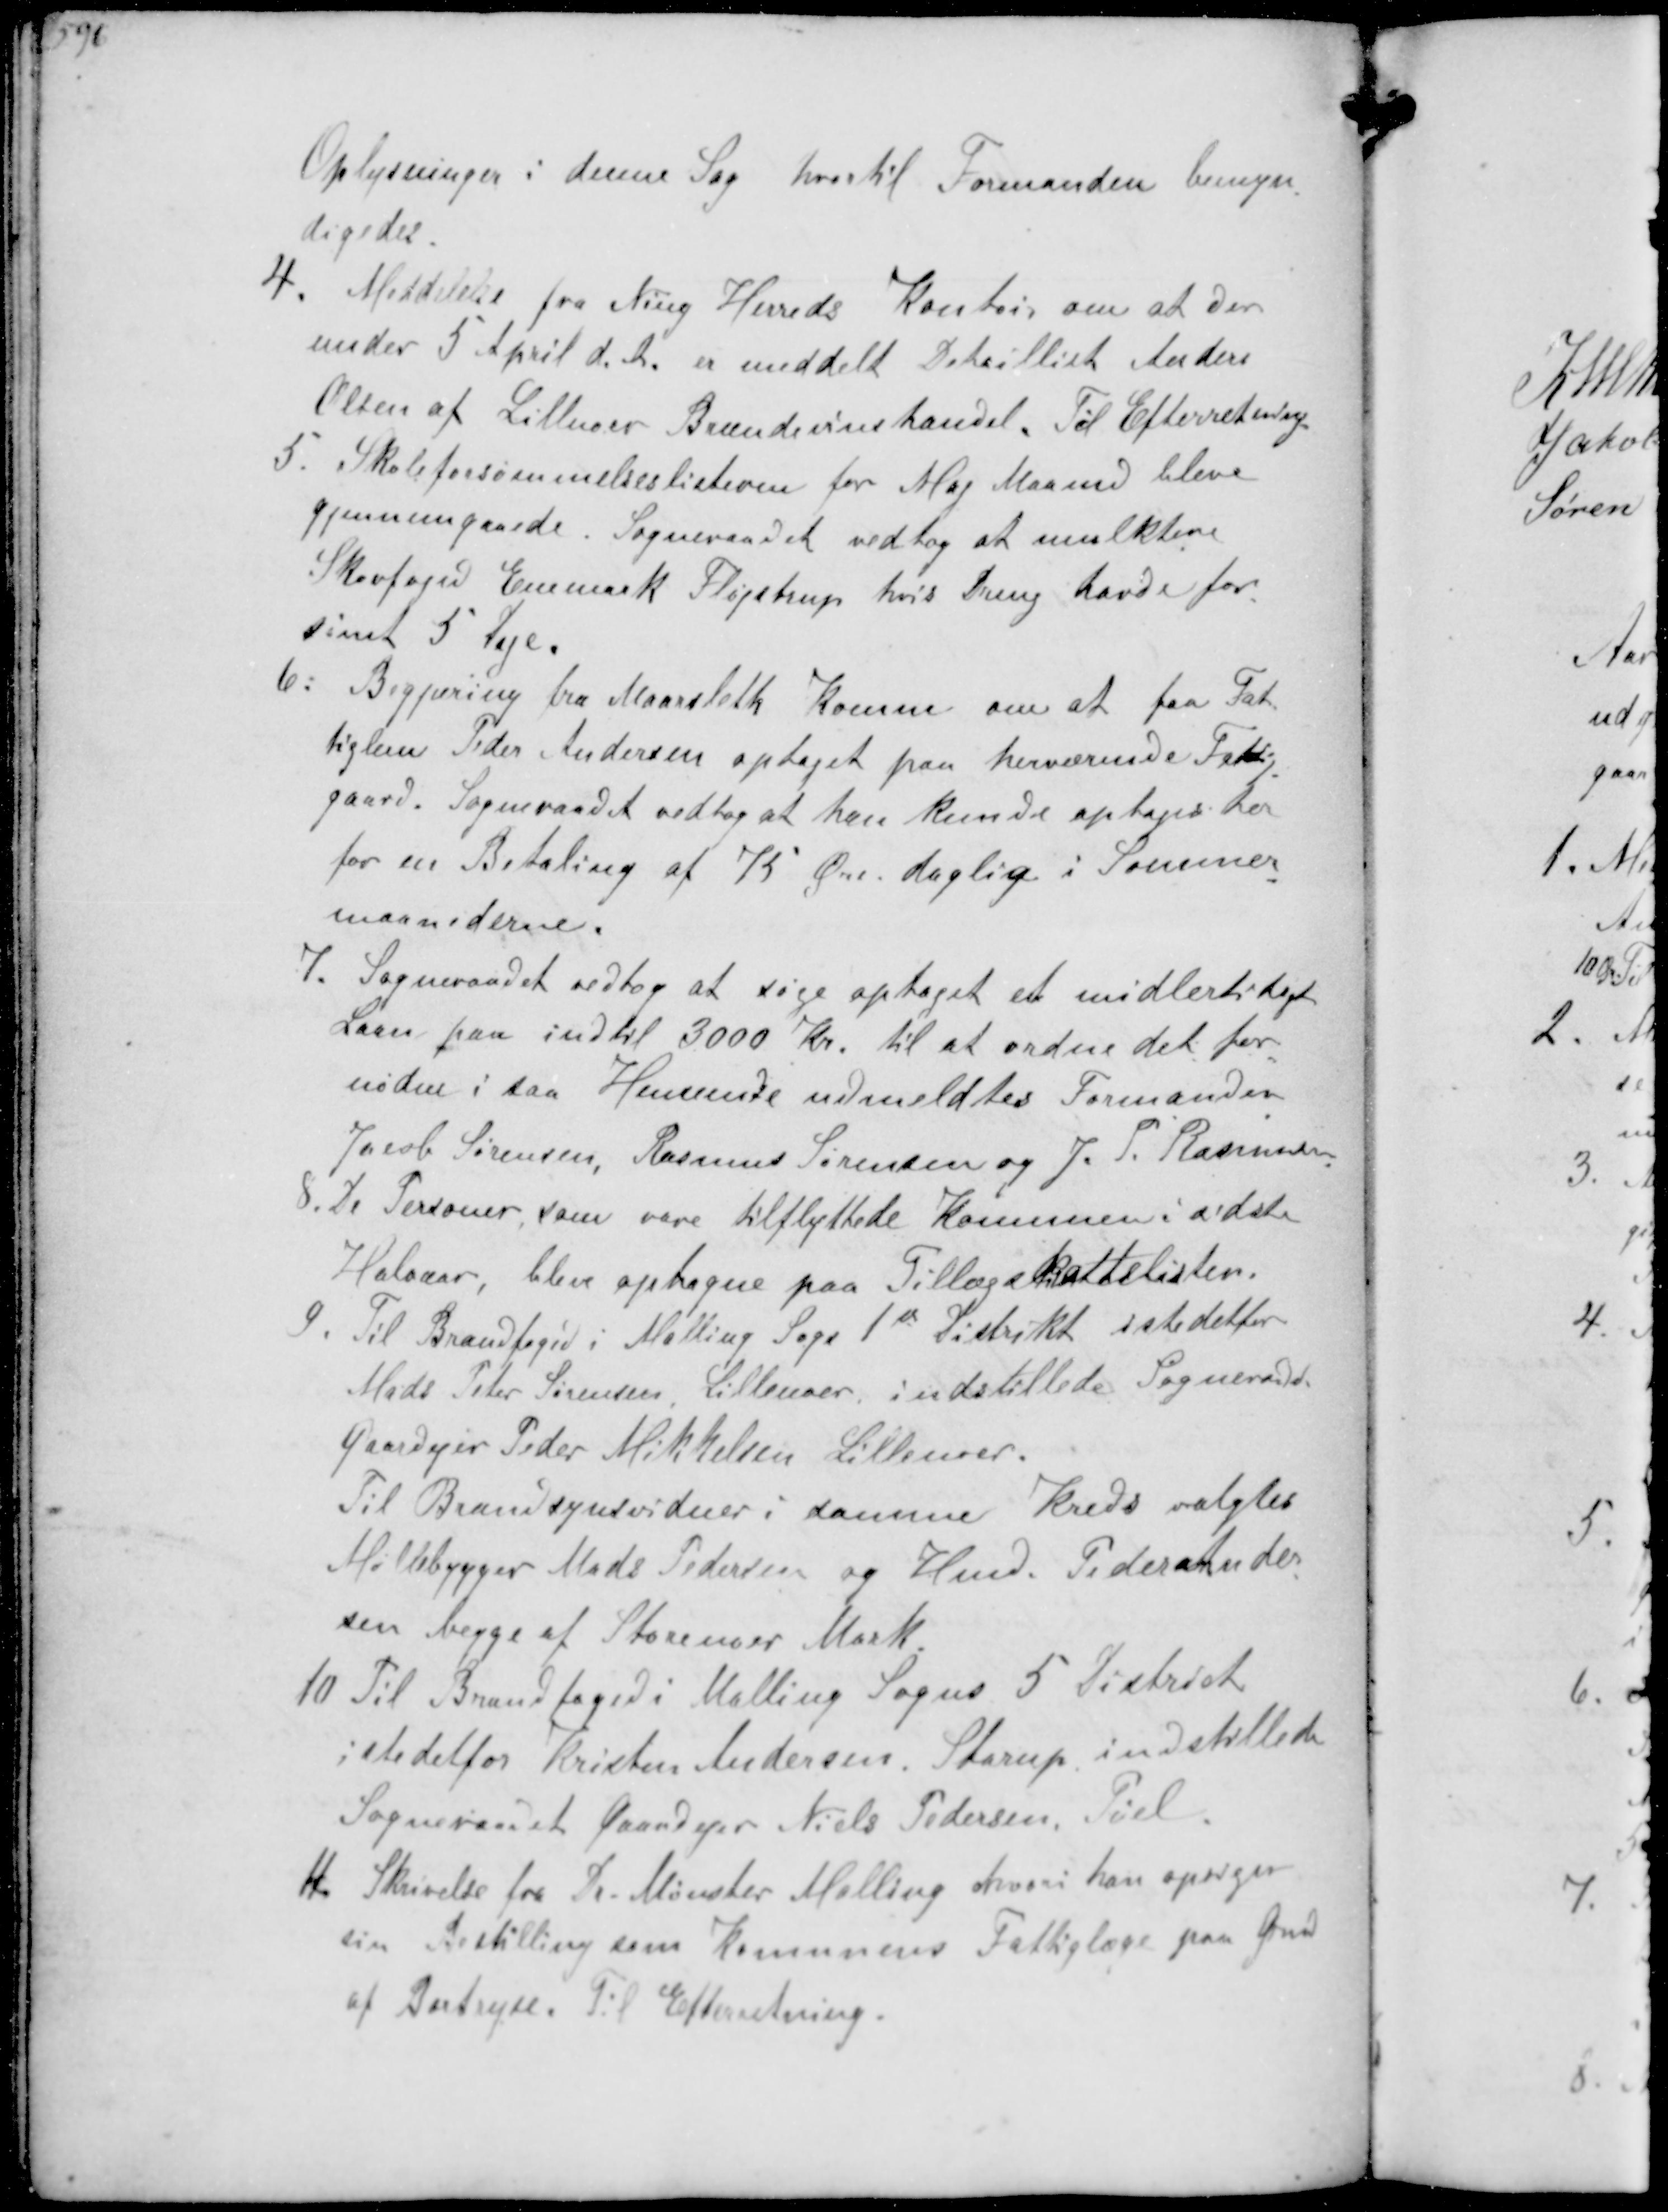
Transskription:
Oplysninger i denne Sag hvortil Formanden bemyn-
digedes.
4. Meddelelse fra Ning Herreds Kontor om at der
under 5 April d.A. er meddelt Detaillist Anders
Olsen af Lillenoer Brændevinshandel. Til Efterretning
5. Skoleforsømmelseslisterne for Maj Maaned blev
gjennemgaaede. Sogneraadet vedtog at mulktere
Skovfoged Enemark Fløjstrup, hvis Dreng havde for-
sømt 5 Dage
6. Begjæring fra Maarslet Komune om at faa Fat-
tiglem Peder Andersen optaget paa herværende Fattig-
gaard. Sogneraadet vedtog at han kunde optages her
for en Betaling af 75 Øre daglig i Sommer-
maanederne.
7. Sogneraadet vedtog at søge optaget et midlertidigt
Laan paa indtil 3000 Kr. til at ordne det for-
nødne i saa Henseende udmeldtes Formanden
Jacob Sørensen, Rasmus Sørensen og J. P. Rasmussen
8. De Personer som vare tilflyttede kommunen i sidste
Halvaar blev optagne paa Tillægsskattelisten.
9. Til Brandfoged i Malling Sogn 1st distrikt istedetfor
Mads Peter Sørensen Lillenoer indstillede Sogneraadet
Gaardejer Peder Mikkelsen Lillenoer
Til Brandsynsvidner i denne Kreds valgtes
Møllebygger Mads Pedersen og Hmd. Peder Ander-
sen begge af Storenoer Mark
10 Til Brandfoged i Malling Sogns 5 district
istedetfor Kristen Andersen, Starup indstillede
Sogneraadet Gaardejer Niels Pedersen Pøel
11 Skrivelse fra P. Mønster Malling hvori han opsiger
sin Bestilling som Komunens Fattiglæge paa Grund
af Bortrejse Til Efterretning.